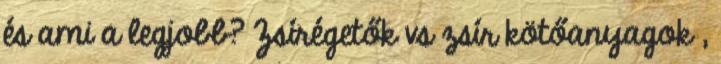
és ami a legjobb? Zsírégetők vs zsír kötőanyagok ,